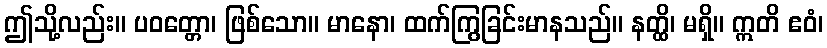
ဤသို့လည်း။ ပဝတ္တော၊ ဖြစ်သော။ မာနော၊ ထက်ကြွခြင်းမာနသည်။ နတ္ထိ၊ မရှိ။ ဣတိ ဧဝံ၊